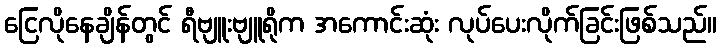
ငြေလိုနေချိန်တွင် ရီဗျူးဗျူရိုက အကောင်းဆုံး လုပ်ပေးလိုက်ခြင်းဖြစ်သည်။